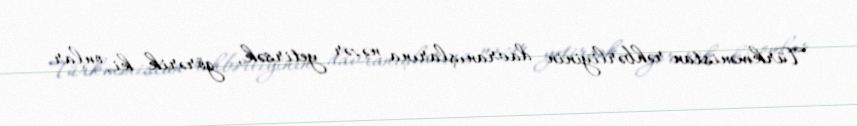
Türkmənistan rəhbərliyinin davranışlarına nəzər yetirsək, görərik ki, onlar